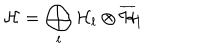
{ \cal H } = \bigoplus _ { l } { \cal H } _ { l } \otimes \overline { { { \cal H } } } _ { l }